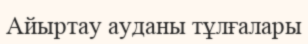
Айыртау ауданы тұлғалары